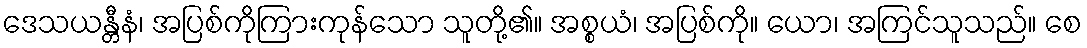
ဒေသယန္တီနံ၊ အပြစ်ကိုကြားကုန်သော သူတို့၏။ အစ္စယံ၊ အပြစ်ကို။ ယော၊ အကြင်သူသည်။ စေ